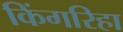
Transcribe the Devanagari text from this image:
किंगरिहा